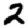
Digit: 2